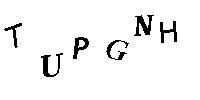
TUPGNH